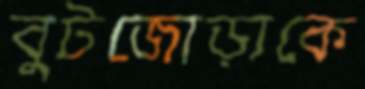
বুটজোড়াকে